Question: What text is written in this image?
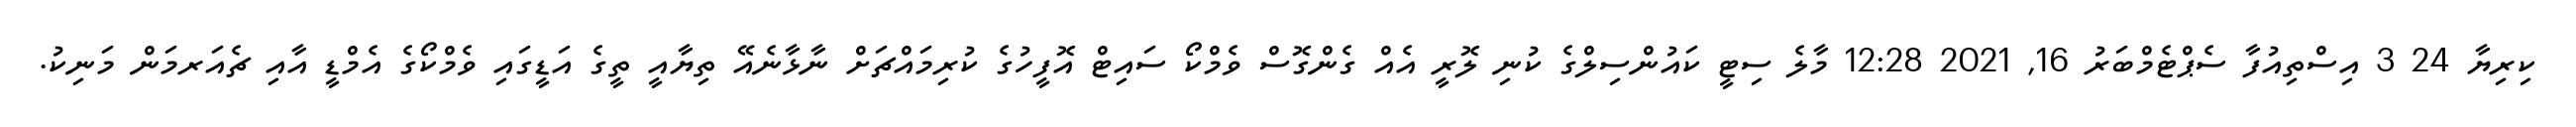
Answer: ކިރިޔާ 24 3 އިސްތިއުފާ ސެޕްޓެމްބަރު 16, 2021 12:28 މާލެ ސިޓީ ކައުންސިލްގެ ކުނި ލޮރީ އެއް ގެންގޮސް ވެމްކޯ ސައިޓް އޮފީހުގެ ކުރިމައްޗަށް ނާޅާނެއޭ ތިޔާއީ ތީގެ އަޑީގައި ވެމްކޯގެ އެމްޑީ އާއި ޗެއަރމަން މަނިކު.